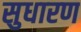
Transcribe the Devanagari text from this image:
सुधारण